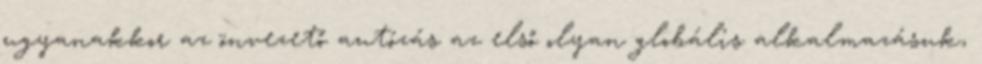
ugyanakkor az önvezető autózás az első olyan globális alkalmazásuk,